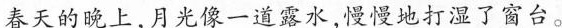
春天的晚上，月光像一道露水,慢慢地打湿了窗台